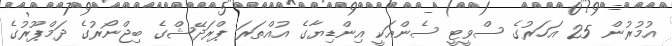
އުމުރުން 25 އަހަރުގެ ސްވީޓީ ސެންއަކީ އިންޑިޔާގެ އުއްތަރަ ޕްރަދޭޝްގެ ބިޖްނޯރުގެ ދަމްޕޫރުގެ